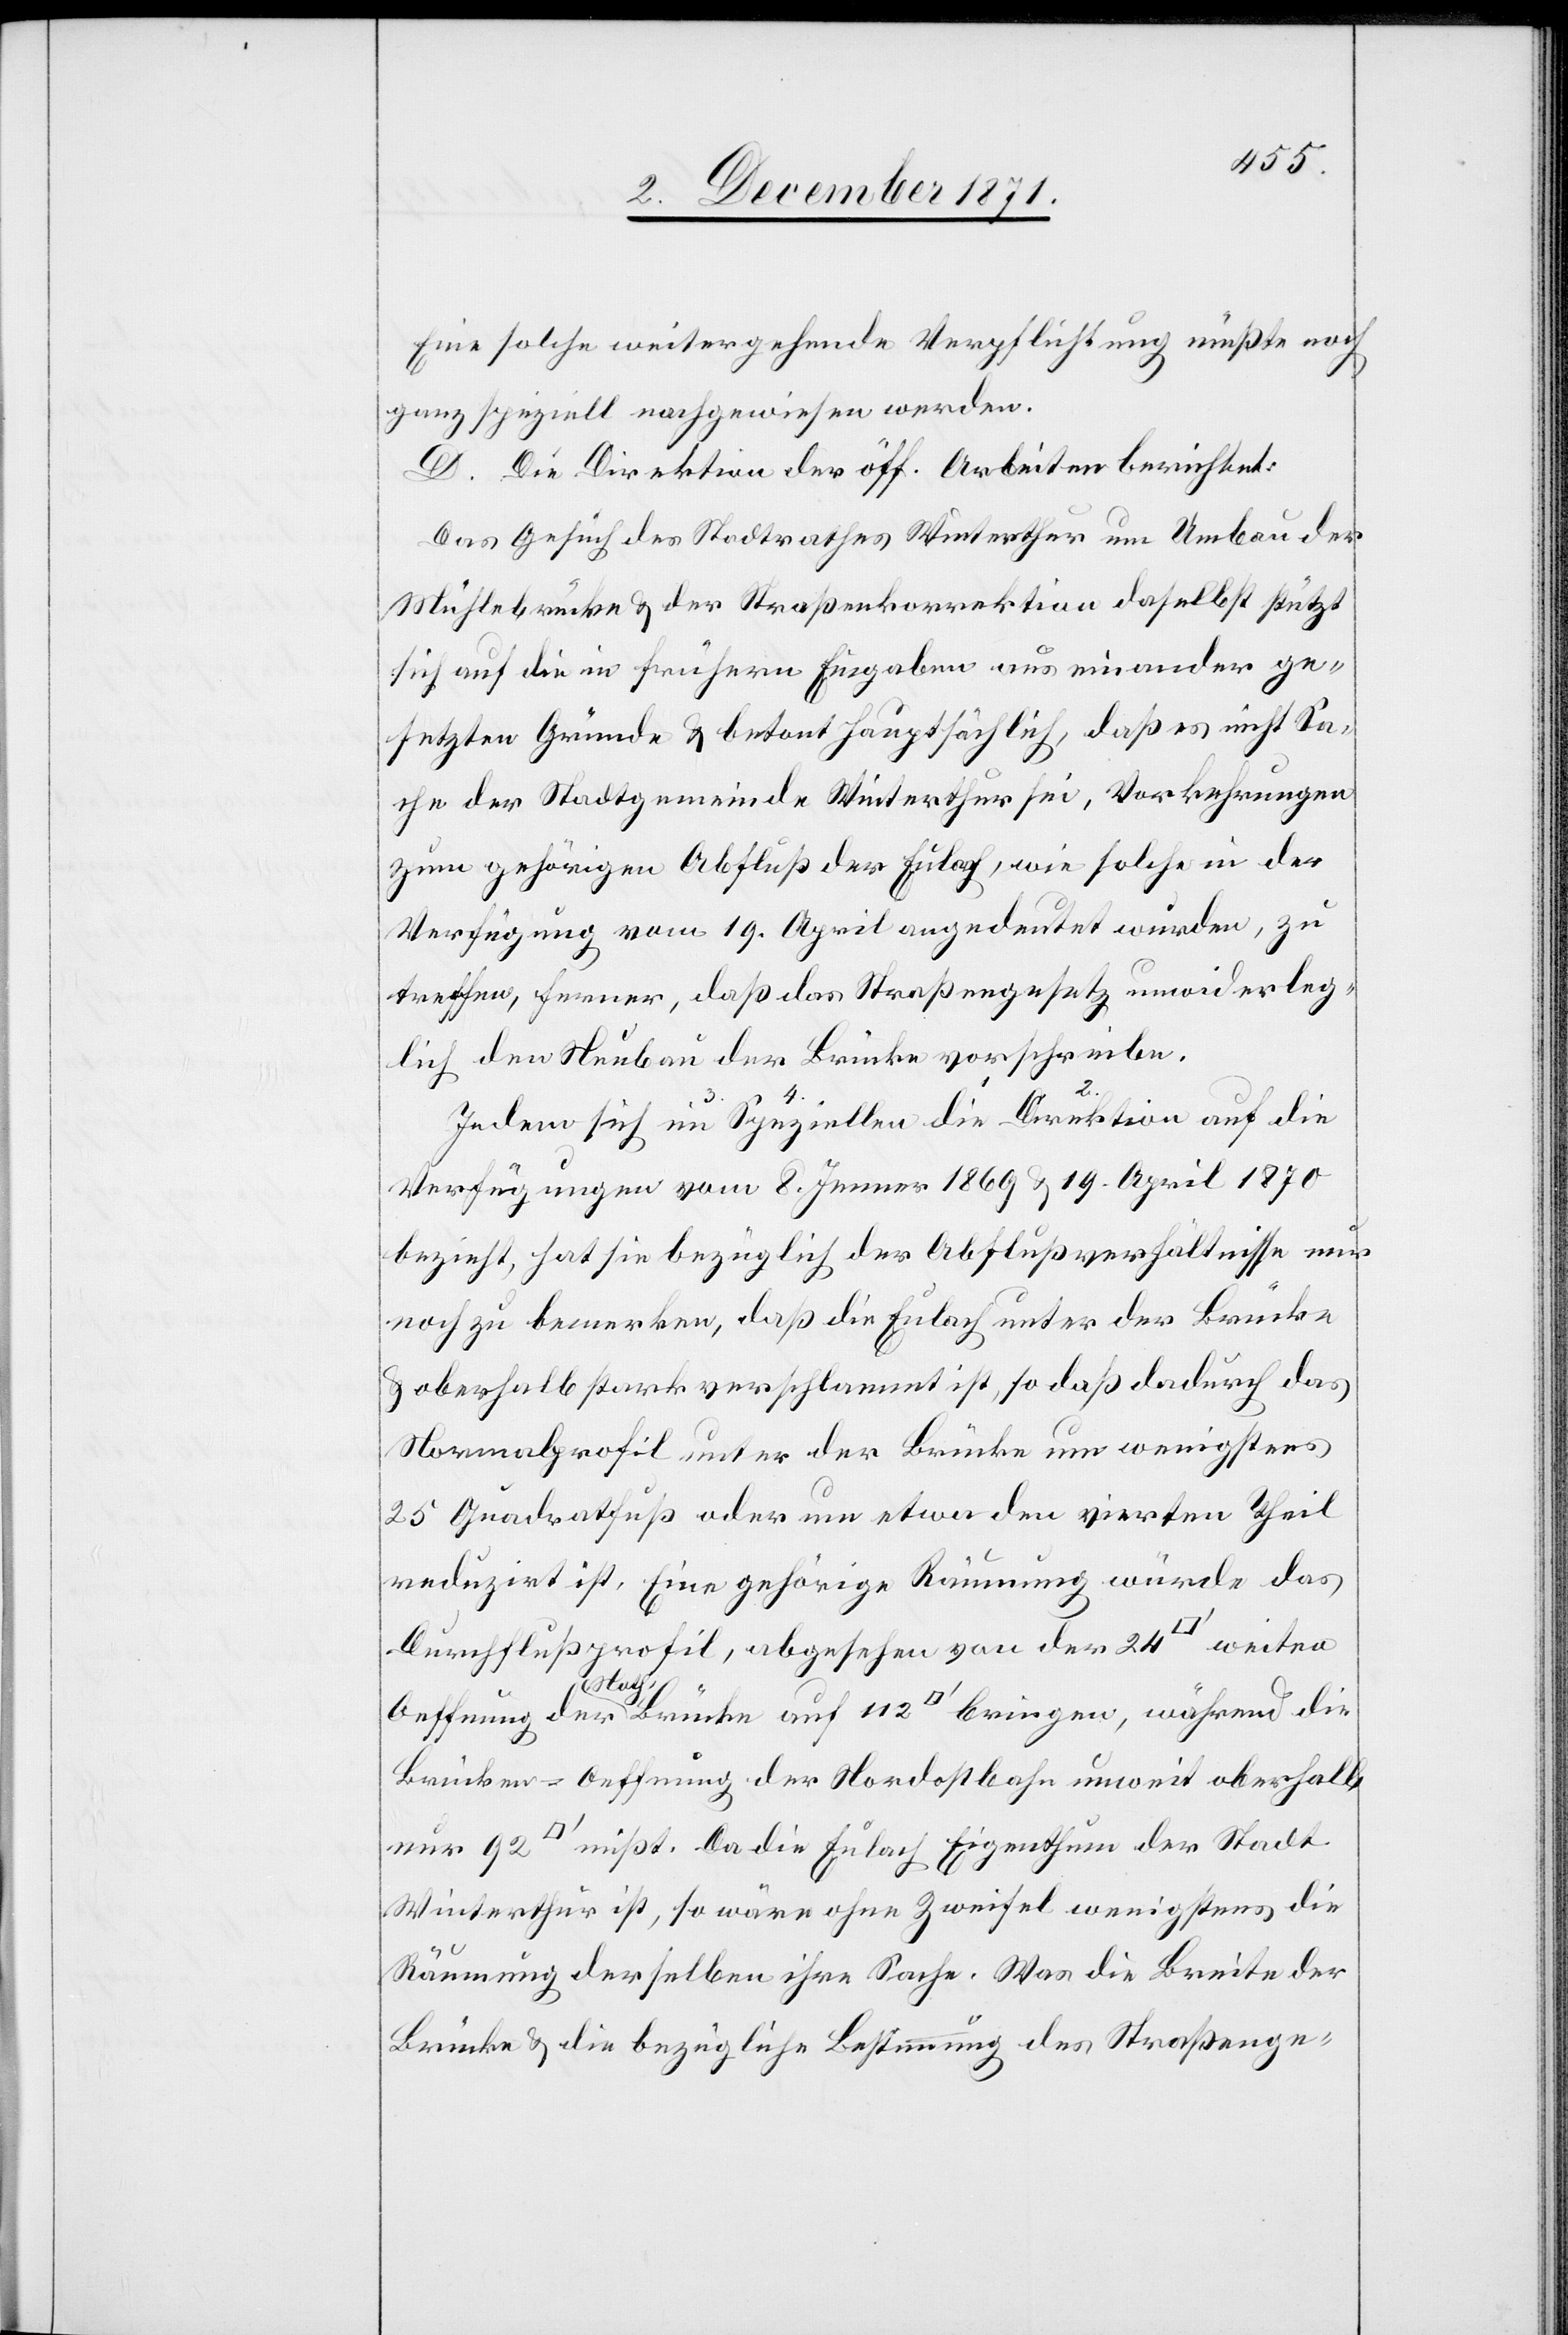
Eine solche weitergehende Verpflichtung müßte noch
ganz speziell nachgewiesen werden.
D. Die Direktion der öff. Arbeiten berichtet:
Das Gesuch des Stadtrathes Winterthur um Umbau der
Mühlebrücke & der Straßenkorrektion daselbst stützt
sich auf die in frühern Eingaben auseinander ge¬
setzten Gründe & betont hauptsächlich, daß es nicht Sa¬
che der Stadtgemeinde Winterthur sei, Vorkehrungen
zum gehörigen Abfluß der Eulach, wie solche in der
Verfügung vom 19. April angedeutet wurden, zu
treffen, ferner, daß das Straßengesetz unwiderleg¬
lich den Neubau der Brücke vorschreibe.
Verfügungen vom 8. Jenner 1869 & 19. April 1870
bezieht, hat sie bezüglich der Abflußverhältnisse nur
noch zu bemerken, daß die Eulach unter der Brücke
& oberhalb stark verschlammt ist, so daß dadurch das
Normalprofil unter der Brücke nur wenigstens
25 Quadratfuß oder um etwa den vierten Theil
reduzirt ist. Eine gehörige Räumung würde das
Durchflußprofil, abgesehen von der 24’
[Quadratf¬
Brücken-Oeffnung der Nordostbahn unweit oberhalb
uß] mißt. Da die Eulach Eigenthum der Stadt
Winterthur ist, so wäre ohne Zweifel wenigstens die
Räumung derselben ihre Sache. Was die Breite der
Brücke & die bezügliche Bestimmung des Straßenge-